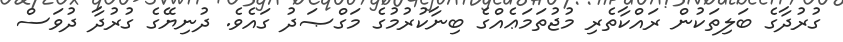
ގުރުދާގެ ބަލިތަކުން ރައްކާތެރި މުޖުތަމަޢެއްގެ ބިނާކުރުމުގެ މަގްޞަދު ގައެވެ. ދުނިޔޭގެ ގުރުދާ ދުވަސް